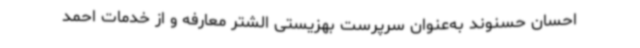
احسان حسنوند به‌عنوان سرپرست بهزیستی الشتر معارفه و از خدمات احمد